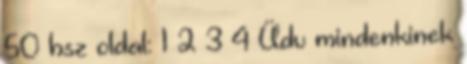
50 hsz oldal: 1 2 3 4 Üdv mindenkinek